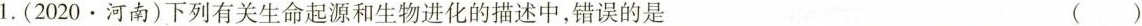
1.(2020·河南)下列有关生命起源和生物进化的描述中，错误的是 ()